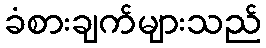
ခံစားချက်များသည်